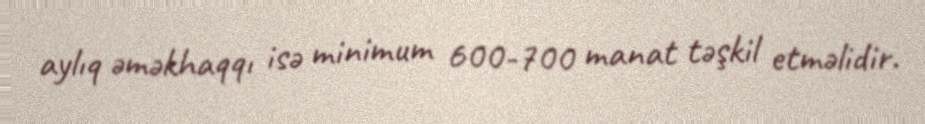
aylıq əməkhaqqı isə minimum 600-700 manat təşkil etməlidir.